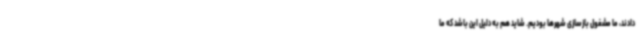
دادند، ما مشغول بازسازی شهرها بودیم. شاید هم به دلیل این باشد که ما